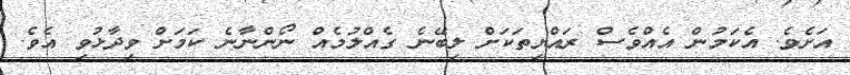
އަށެވެ. އެކަމުން އެއްވެސް ރައްޔިތަކަށް ލިބޭނެ ގެއްލުމެއް ނޯންނާނެ ކަަމަށް ވިދާޅުވި އެވެ.